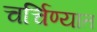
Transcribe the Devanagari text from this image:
चर्चिण्यात